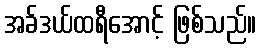
အခ်ဒယ်ထရီအောင့် ဖြစ်သည်။